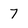
Character: 7